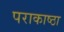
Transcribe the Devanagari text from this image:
पराकाष्‍ठा